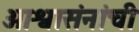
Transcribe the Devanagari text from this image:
आश्वासंनांची